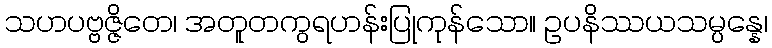
သဟပဗ္ဗဇ္ဇိတေ၊ အတူတကွရဟန်းပြုကုန်သော။ ဥပနိဿယသမ္ပန္နေ၊